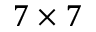
7 \times 7